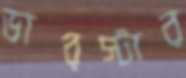
ভারস্টার